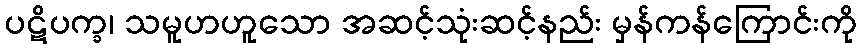
ပဋိပက္ခ၊ သမူဟဟူသော အဆင့်သုံးဆင့်နည်း မှန်ကန်ကြောင်းကို